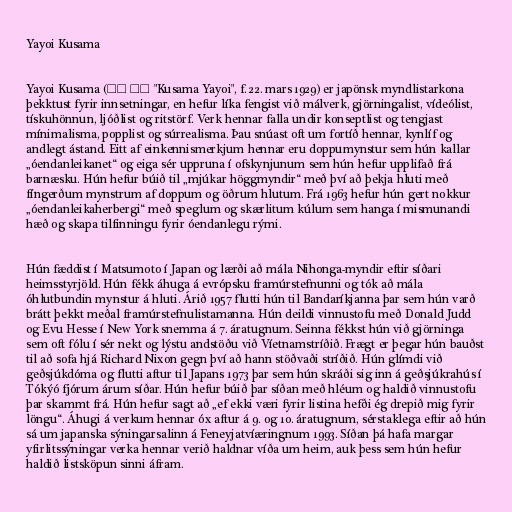
Yayoi Kusama

Yayoi Kusama (草間 彌生 "Kusama Yayoi", f. 22. mars 1929) er japönsk myndlistarkona
þekktust fyrir innsetningar, en hefur líka fengist við málverk, gjörningalist, vídeólist,
tískuhönnun, ljóðlist og ritstörf. Verk hennar falla undir konseptlist og tengjast
mínimalisma, popplist og súrrealisma. Þau snúast oft um fortíð hennar, kynlíf og
andlegt ástand. Eitt af einkennismerkjum hennar eru doppumynstur sem hún kallar
„óendanleikanet“ og eiga sér uppruna í ofskynjunum sem hún hefur upplifað frá
barnæsku. Hún hefur búið til „mjúkar höggmyndir“ með því að þekja hluti með
fíngerðum mynstrum af doppum og öðrum hlutum. Frá 1963 hefur hún gert nokkur
„óendanleikaherbergi“ með speglum og skærlitum kúlum sem hanga í mismunandi
hæð og skapa tilfinningu fyrir óendanlegu rými.

Hún fæddist í Matsumoto í Japan og lærði að mála Nihonga-myndir eftir síðari
heimsstyrjöld. Hún fékk áhuga á evrópsku framúrstefnunni og tók að mála
óhlutbundin mynstur á hluti. Árið 1957 flutti hún til Bandaríkjanna þar sem hún varð
brátt þekkt meðal framúrstefnulistamanna. Hún deildi vinnustofu með Donald Judd
og Evu Hesse í New York snemma á 7. áratugnum. Seinna fékkst hún við gjörninga
sem oft fólu í sér nekt og lýstu andstöðu við Víetnamstríðið. Frægt er þegar hún bauðst
til að sofa hjá Richard Nixon gegn því að hann stöðvaði stríðið. Hún glímdi við
geðsjúkdóma og flutti aftur til Japans 1973 þar sem hún skráði sig inn á geðsjúkrahús í
Tókýó fjórum árum síðar. Hún hefur búið þar síðan með hléum og haldið vinnustofu
þar skammt frá. Hún hefur sagt að „ef ekki væri fyrir listina hefði ég drepið mig fyrir
löngu“. Áhugi á verkum hennar óx aftur á 9. og 10. áratugnum, sérstaklega eftir að hún
sá um japanska sýningarsalinn á Feneyjatvíæringnum 1993. Síðan þá hafa margar
yfirlitssýningar verka hennar verið haldnar víða um heim, auk þess sem hún hefur
haldið listsköpun sinni áfram.